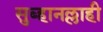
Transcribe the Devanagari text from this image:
सुब्हानल्लाही